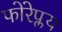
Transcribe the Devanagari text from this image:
फोरेप्लय